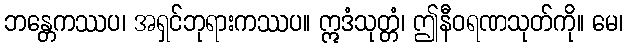
ဘန္တေကဿပ၊ အရှင်ဘုရားကဿပ။ ဣဒံသုတ္တံ၊ ဤနီဝရဏသုတ်ကို။ မေ၊